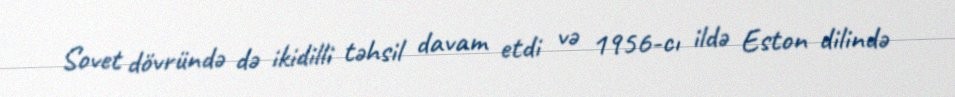
Sovet dövründə də ikidilli təhsil davam etdi və 1956-cı ildə Eston dilində